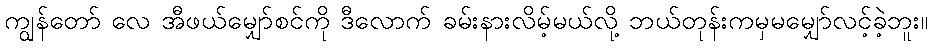
ကျွန်တော် လေ အီဖယ်မျှော်စင်ကို ဒီလောက် ခမ်းနားလိမ့်မယ်လို့ ဘယ်တုန်းကမှမမျှော်လင့်ခဲ့ဘူး။